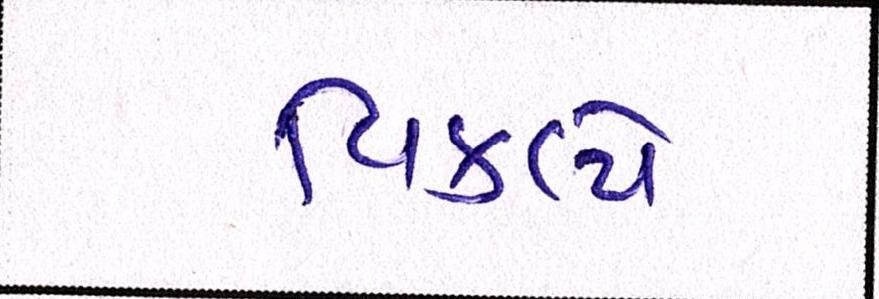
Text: વિકલ્પે